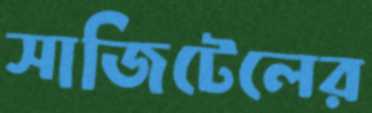
সাজিটেলের